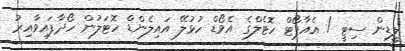
ލީޑިން ސިޓީ / އެއާޕޯޓް ހޮޓެލްގެ އެވޯޑް ހުޅުލޭ އައިލެންޑް ހޮޓަލުން ހޯދާފައިވާއިރު